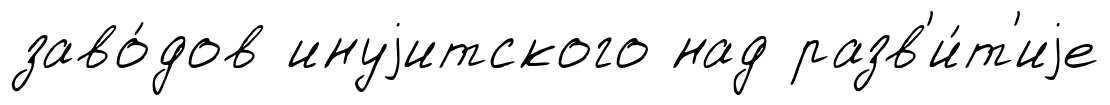
заво́дов инуjитского над разв'и́т'иjе